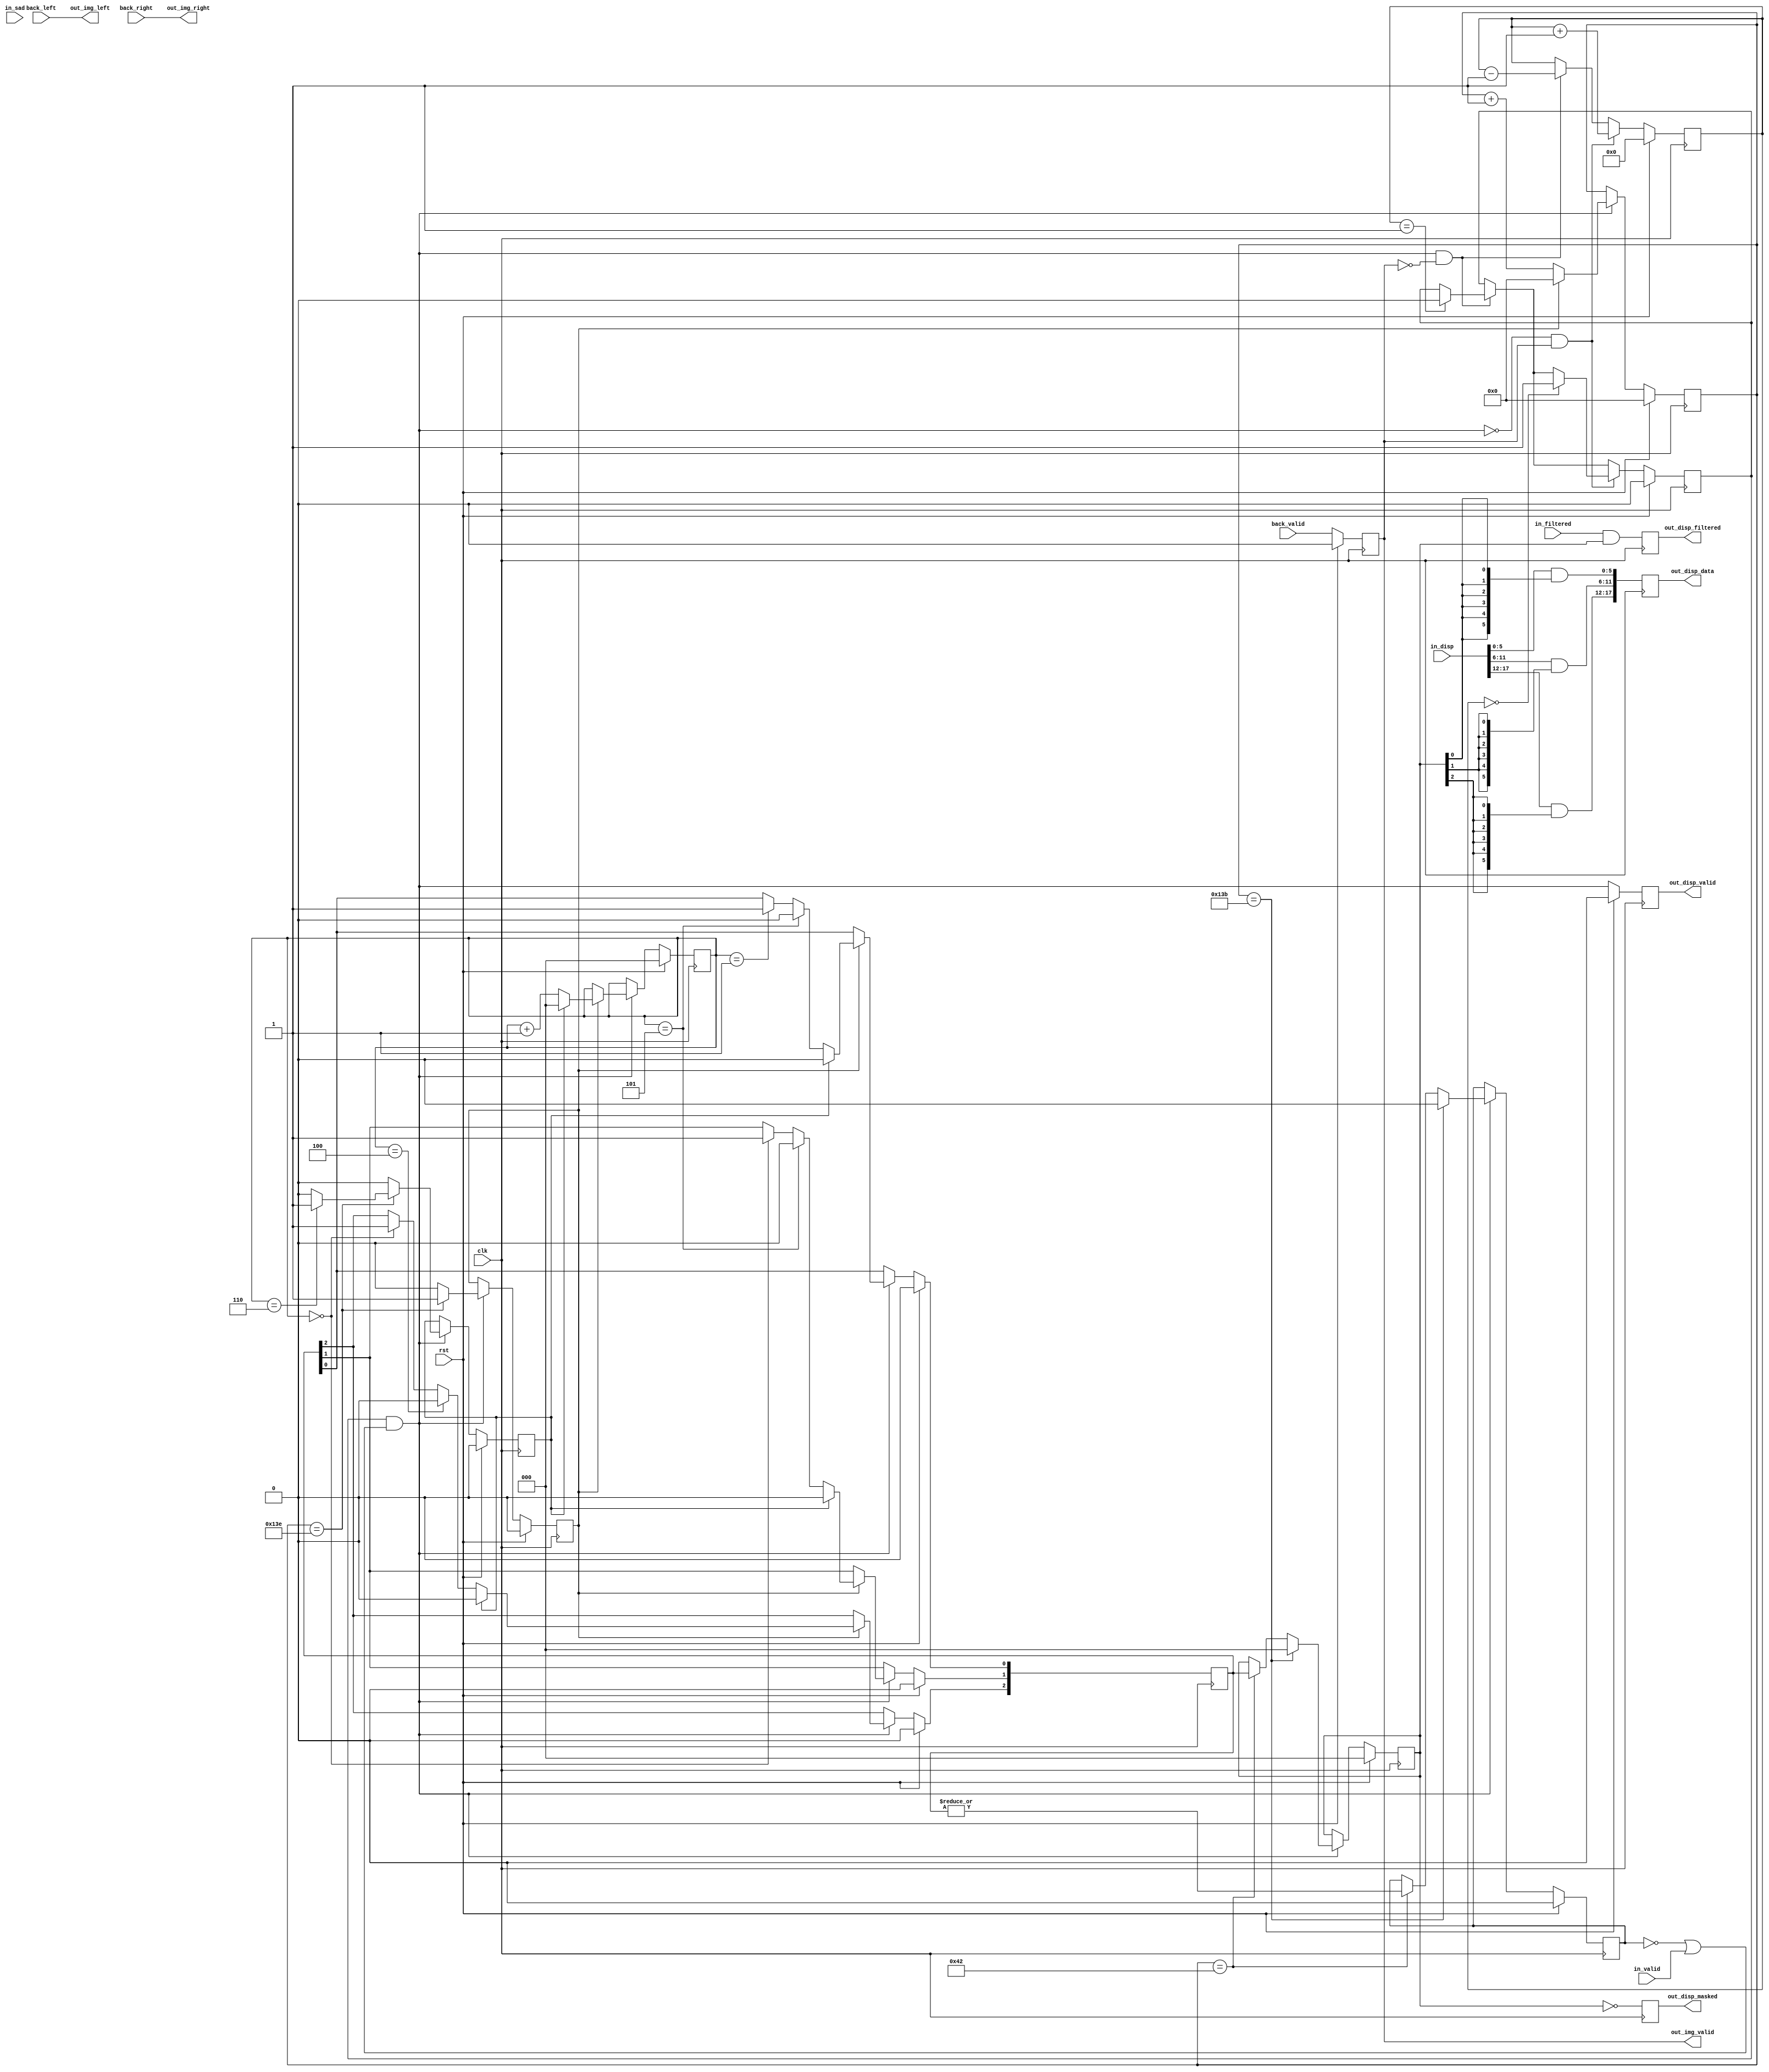
// 
// Copyright (c) 2011, Daniel Strother < http://danstrother.com/ >
// All rights reserved.
// 
// Redistribution and use in source and binary forms, with or without
// modification, are permitted provided that the following conditions are met:
//   - Redistributions of source code must retain the above copyright notice,
//     this list of conditions and the following disclaimer.
//   - Redistributions in binary form must reproduce the above copyright
//     notice, this list of conditions and the following disclaimer in the
//     documentation and/or other materials provided with the distribution.
//   - The name of the author may not be used to endorse or promote products
//     derived from this software without specific prior written permission.
// 
// THIS SOFTWARE IS PROVIDED BY THE AUTHOR "AS IS" AND ANY EXPRESS OR IMPLIED
// WARRANTIES, INCLUDING, BUT NOT LIMITED TO, THE IMPLIED WARRANTIES OF
// MERCHANTABILITY AND FITNESS FOR A PARTICULAR PURPOSE ARE DISCLAIMED. IN NO
// EVENT SHALL THE AUTHOR BE LIABLE FOR ANY DIRECT, INDIRECT, INCIDENTAL,
// SPECIAL, EXEMPLARY, OR CONSEQUENTIAL DAMAGES (INCLUDING, BUT NOT LIMITED
// TO, PROCUREMENT OF SUBSTITUTE GOODS OR SERVICES; LOSS OF USE, DATA, OR
// PROFITS; OR BUSINESS INTERRUPTION) HOWEVER CAUSED AND ON ANY THEORY OF
// LIABILITY, WHETHER IN CONTRACT, STRICT LIABILITY, OR TORT (INCLUDING
// NEGLIGENCE OR OTHERWISE) ARISING IN ANY WAY OUT OF THE USE OF THIS
// SOFTWARE, EVEN IF ADVISED OF THE POSSIBILITY OF SUCH DAMAGE.
//

// Module Description:
// Final stage in the dlsc_stereobm_core pipeline. Combines calculated disparity
// data (from the pipeline) with corresponding image data (from the frontend).
// (well, it did.. but now the FIFOs for that are located at a higher level;
// e.g. dlsc_stereobm_buffered).
// For pixels that fall outside the valid window (and thus won't have a
// a disparity assigned by the pipeline), creates null disparity values.

module dlsc_stereobm_backend #(
    parameter IMG_WIDTH     = 320,
    parameter IMG_HEIGHT    = 21,
    parameter DISP_BITS     = 6,
    parameter DISPARITIES   = (2**DISP_BITS),
    parameter MULT_R        = 3,
    parameter SAD           = 9,
    parameter DATA          = 9,
    parameter SAD_BITS      = 16,
    // derived parameters; don't touch
    parameter DISP_BITS_R   = (DISP_BITS*MULT_R),
    parameter SAD_BITS_R    = (SAD_BITS*MULT_R),
    parameter DATA_R        = (DATA*MULT_R)
) (
    input   wire                        clk,
    input   wire                        rst,

    // input from frontend
    input   wire                        back_valid,         // asserts one cycle before back_left/right are valid
    input   wire    [DATA_R-1:0]        back_left,
    input   wire    [DATA_R-1:0]        back_right,

    // input from disparity block
    input   wire                        in_valid,
    input   wire    [MULT_R-1:0]        in_filtered,
    input   wire    [DISP_BITS_R-1:0]   in_disp,
    input   wire    [ SAD_BITS_R-1:0]   in_sad,
    
    // output
    output  wire                        out_disp_valid,
    output  wire    [DISP_BITS_R-1:0]   out_disp_data,
    output  wire    [MULT_R-1:0]        out_disp_masked,
    output  wire    [MULT_R-1:0]        out_disp_filtered,
    output  wire                        out_img_valid,
    output  wire    [DATA_R-1:0]        out_img_left,
    output  wire    [DATA_R-1:0]        out_img_right
);

//`include "dlsc_synthesis.v"
//`include "dlsc_clog2.v"
`ifdef USE_CLOG2

    `define dlsc_clog2(x) $clog2(x)

`else

    `define dlsc_clog2(x) dlsc_clog2_func(x)

    function integer dlsc_clog2_func;
        input integer val;
        integer i;
    begin
        i = val - 1;
        for(dlsc_clog2_func=0;i>0;dlsc_clog2_func=dlsc_clog2_func+1)
            i = i >> 1;
    end
    endfunction

`endif

`ifndef DLSC_SYNTHESIS_INCLUDED

`ifdef SYNTHESIS

//`ifdef XILINX
    `define DLSC_SYNTHESIS_DEFINED

    `define DLSC_BRAM               (* ram_style = "block", RDADDR_COLLISION_HWCONFIG = "performance" *)
    `define DLSC_LUTRAM             (* ram_style = "distributed" *)
    `define DLSC_SHREG              (* shreg_extract = "yes" *)
    `define DLSC_NO_SHREG           (* shreg_extract = "no" *)
    `define DLSC_KEEP_REG           (* equivalent_register_removal = "no" *)
    `define DLSC_PIPE_REG           (* equivalent_register_removal = "no", shreg_extract="no" *)
    // TODO: macro argument not respected by XST; hard-coded to 16 for now
    `define DLSC_FANOUT_REG(maxfan) (* equivalent_register_removal = "no", shreg_extract="no", register_duplication = "yes", max_fanout = "16" *)

`endif // XILINX

`ifdef ALTERA
    // TODO
`endif // ALTERA

`endif // SYNTHESIS

`ifndef DLSC_SYNTHESIS_DEFINED
    `define DLSC_SYNTHESIS_DEFINED

    `define DLSC_BRAM
    `define DLSC_LUTRAM
    `define DLSC_SHREG
    `define DLSC_NO_SHREG
    `define DLSC_KEEP_REG
    `define DLSC_PIPE_REG
    `define DLSC_FANOUT_REG(maxfan)

`endif // DLSC_SYNTHESIS_DEFINED

//`endif // DLSC_SYNTHESIS_INCLUDED
//localparam FIFO_DEPTH = 96; // must be deep enough to account for worst-case pipeline latency (and then some)
//
//localparam FIFO_DEPTH_BITS = `dlsc_clog2(FIFO_DEPTH);

localparam IMG_HEIGHT_R = (IMG_HEIGHT/MULT_R);
localparam COL_BITS     = `dlsc_clog2(IMG_WIDTH);
localparam ROW_BITS     = `dlsc_clog2(IMG_HEIGHT_R);


// ** control **

// first SAD/2 rows are masked
// last SAD/2 rows are masked
// first DISPARITIES+(SAD/2)-1 columns are masked
// last SAD/2 columns are masked
reg [MULT_R-1:0] disp_maskn;
reg              disp_maskn_any;
reg [MULT_R-1:0] disp_maskn_row;

reg     c0_ready;
wire    c0_valid    = c0_ready && ( !disp_maskn_any || in_valid );

reg [COL_BITS-1:0] col;
reg [ROW_BITS-1:0] row;

reg frame_first;    // asserts for first pixel of frame
reg frame_last;     // asserts for last pixel of frame
reg row_first;      // asserts for first pixel of row
reg row_last;       // asserts for last pixel of row

/* verilator lint_off WIDTH */
integer j;
always @(posedge clk) begin
    if(rst) begin
        disp_maskn      <= {MULT_R{1'b0}};
        disp_maskn_any  <= 1'b0;
        for(j=0;j<MULT_R;j=j+1) begin
            disp_maskn_row[j] <= !( ((SAD/2)-1) >= j );
        end
        col             <= 0;
        row             <= 0;
        frame_first     <= 1'b1;
        frame_last      <= 1'b0;
        row_first       <= 1'b1;
        row_last        <= 1'b0;
    end else if(c0_valid) begin
        frame_first     <= 1'b0;
        frame_last      <= 1'b0;
        row_first       <= 1'b0;
        row_last        <= 1'b0;
            
        if(col == (DISPARITIES+(SAD/2)-2)) begin
            // first DISPARITIES+(SAD/2)-1 columns are masked
            disp_maskn      <= disp_maskn_row;
            disp_maskn_any  <= |disp_maskn_row;
        end

        if(col == (IMG_WIDTH-(SAD/2)-1)) begin
            // last SAD/2 columns are masked
            disp_maskn      <= {MULT_R{1'b0}};
            disp_maskn_any  <= 1'b0;
        end

        if(col == (IMG_WIDTH-2)) begin
            row_last        <= 1'b1;
            if(row == (IMG_HEIGHT_R-1)) begin
                frame_last      <= 1'b1;
            end
        end

        if(!row_last) begin
            col             <= col + 1;
        end else begin
            col             <= 0;
            row_first       <= 1'b1;

            for(j=0;j<MULT_R;j=j+1) begin
                if(         ((SAD/2)-1) >= j &&
                    row == (((SAD/2)-1-j)/MULT_R) )
                begin
                    // first SAD/2 rows are masked
                    disp_maskn_row[j] <= 1'b1;
                end
                if( row == ((IMG_HEIGHT-(SAD/2)-1-j)/MULT_R) ) begin
                    // last SAD/2 rows are masked
                    disp_maskn_row[j] <= 1'b0;
                end
            end

            if(!frame_last) begin
                row             <= row + 1;
            end else begin
                row             <= 0;
                frame_first     <= 1'b1;
                for(j=0;j<MULT_R;j=j+1) begin
                    disp_maskn_row[j] <= !( ((SAD/2)-1) >= j );
                end
            end
        end
    end
end
/* verilator lint_on WIDTH */


// register buffer inputs
reg                   c1_disp_valid;
reg [DISP_BITS_R-1:0] c1_disp_data;
reg [MULT_R-1:0]      c1_disp_masked;
reg [MULT_R-1:0]      c1_disp_filtered;

always @(posedge clk) begin
    if(rst) begin
        c1_disp_valid      <= 1'b0;
    end else begin
        c1_disp_valid      <= c0_valid;
    end
end

integer i;
always @(posedge clk) begin
    for(i=0;i<MULT_R;i=i+1) begin
        // zero out masked disparity values
        c1_disp_data[(i*DISP_BITS)+:DISP_BITS] <= in_disp[(i*DISP_BITS)+:DISP_BITS] & {DISP_BITS{disp_maskn[i]}};
    end
    c1_disp_filtered   <= in_filtered & disp_maskn;
    c1_disp_masked     <= ~disp_maskn;
end

// re-register back_valid (align to data)
`DLSC_KEEP_REG reg c0_back_valid;
always @(posedge clk) begin
    if(rst) begin
        c0_back_valid   <= 1'b0;
    end else begin
        c0_back_valid   <= back_valid;
    end
end


// ** assign outputs **

assign out_disp_valid       = c1_disp_valid;
assign out_disp_data        = c1_disp_data;
assign out_disp_masked      = c1_disp_masked;
assign out_disp_filtered    = c1_disp_filtered;

assign out_img_valid        = c0_back_valid;
assign out_img_left         = back_left;
assign out_img_right        = back_right;


//// ** output buffering **
//
//// buffer for image data (from frontend)
//dlsc_fifo_shiftreg #(
//    .DATA           ( 2*DATA_R ),
//    .DEPTH          ( FIFO_DEPTH )
//) dlsc_fifo_shiftreg_inst_img (
//    .clk            ( clk ),
//    .rst            ( rst ),
//    .empty          (  ),
//    .full           (  ),
//    .almost_empty   (  ),
//    .almost_full    (  ),
//    .push_en        ( c0_back_valid ),
//    .push_data      ( {
//        back_left,
//        back_right
//        } ),
//    .pop_en         ( out_ready && out_valid ),
//    .pop_data       ( {
//        out_left,
//        out_right
//        } )
//);
//
//// buffer for disparity data (from pipeline or locally generated)
//wire fifo_disp_empty;
//assign out_valid = !fifo_disp_empty;
//dlsc_fifo_shiftreg #(
//    .DATA           ( DISP_BITS_R + (2*MULT_R) ),
//    .DEPTH          ( FIFO_DEPTH ),
//    .ALMOST_FULL    ( FIFO_DEPTH-8 )
//) dlsc_fifo_shiftreg_inst_disp (
//    .clk            ( clk ),
//    .rst            ( rst ),
//    .empty          ( fifo_disp_empty ),
//    .full           (  ),
//    .almost_empty   (  ),
//    .almost_full    ( back_busy ),
//    .push_en        ( c1_disp_valid ),
//    .push_data      ( {
//        c1_disp_data,
//        c1_disp_masked,
//        c1_disp_filtered
//        } ),
//    .pop_en         ( out_ready && out_valid ),
//    .pop_data       ( {
//        out_disp,
//        out_masked,
//        out_filtered
//        } )
//);


// track FIFO fill level differences
// (when disparity FIFO has fewer entries than image FIFO,
// the control logic must source more disparity values)
reg [7:0] disp_fifo_deficit; // must be large enough to account for maximum pipeline latency (on the order of 50-100 cycles)

always @(posedge clk) begin
    if(rst) begin
        c0_ready            <= 1'b0;
        disp_fifo_deficit   <= 0;
    end else begin
        if(c0_valid && !c0_back_valid) begin
            if(disp_fifo_deficit == 1) c0_ready <= 1'b0;
            disp_fifo_deficit   <= disp_fifo_deficit - 1;
        end
        if(!c0_valid && c0_back_valid) begin
            if(disp_fifo_deficit == 0) c0_ready <= 1'b1;
            disp_fifo_deficit   <= disp_fifo_deficit + 1;
        end
    end
end


`ifdef DLSC_SIMULATION
`include "dlsc_sim_top.vh"
always @(posedge clk) begin
    if(in_valid && !disp_maskn_any ) begin
        `dlsc_error("lost in_disp (masking)");
    end
    if(in_valid && !c0_ready) begin
        `dlsc_error("lost in_disp (missing back pixels)");
    end
    if(c0_ready != (disp_fifo_deficit != 0)) begin
        `dlsc_error("c0_ready must assert only when disp_fifo_deficit > 0");
    end
    if(c0_valid && !c0_back_valid && disp_fifo_deficit == 0) begin
        `dlsc_error("disp_fifo_deficit underflow");
    end
    if(!c0_valid && c0_back_valid && (&disp_fifo_deficit)) begin
        `dlsc_error("disp_fifo_deficit overflow");
    end
end

//integer out_valid_cnt;
//integer out_ready_cnt;
//always @(posedge clk) begin
//    if(rst) begin
//        out_valid_cnt   <= 0;
//        out_ready_cnt   <= 0;
//    end else if(out_valid) begin
//        out_valid_cnt    <= out_valid_cnt + 1;
//        if(out_ready) begin
//            out_ready_cnt    <= out_ready_cnt + 1;
//        end
//    end
//end

task report;
begin
//    `dlsc_info("output efficiency: %0d%% (%0d/%0d)",((out_ready_cnt*100)/out_valid_cnt),out_ready_cnt,out_valid_cnt);
//    dlsc_fifo_shiftreg_inst_img.report;
//    dlsc_fifo_shiftreg_inst_disp.report;
end
endtask
`include "dlsc_sim_bot.vh"
`endif


endmodule